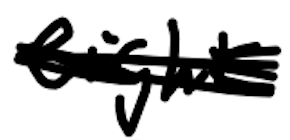
Text: eight
Cross-out: scratch
Writing tool: digital_black